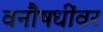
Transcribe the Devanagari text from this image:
वनौषधींवर